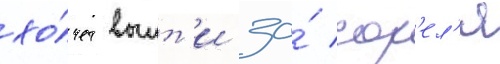
хо́чет выит'и за́ сор'ел'я